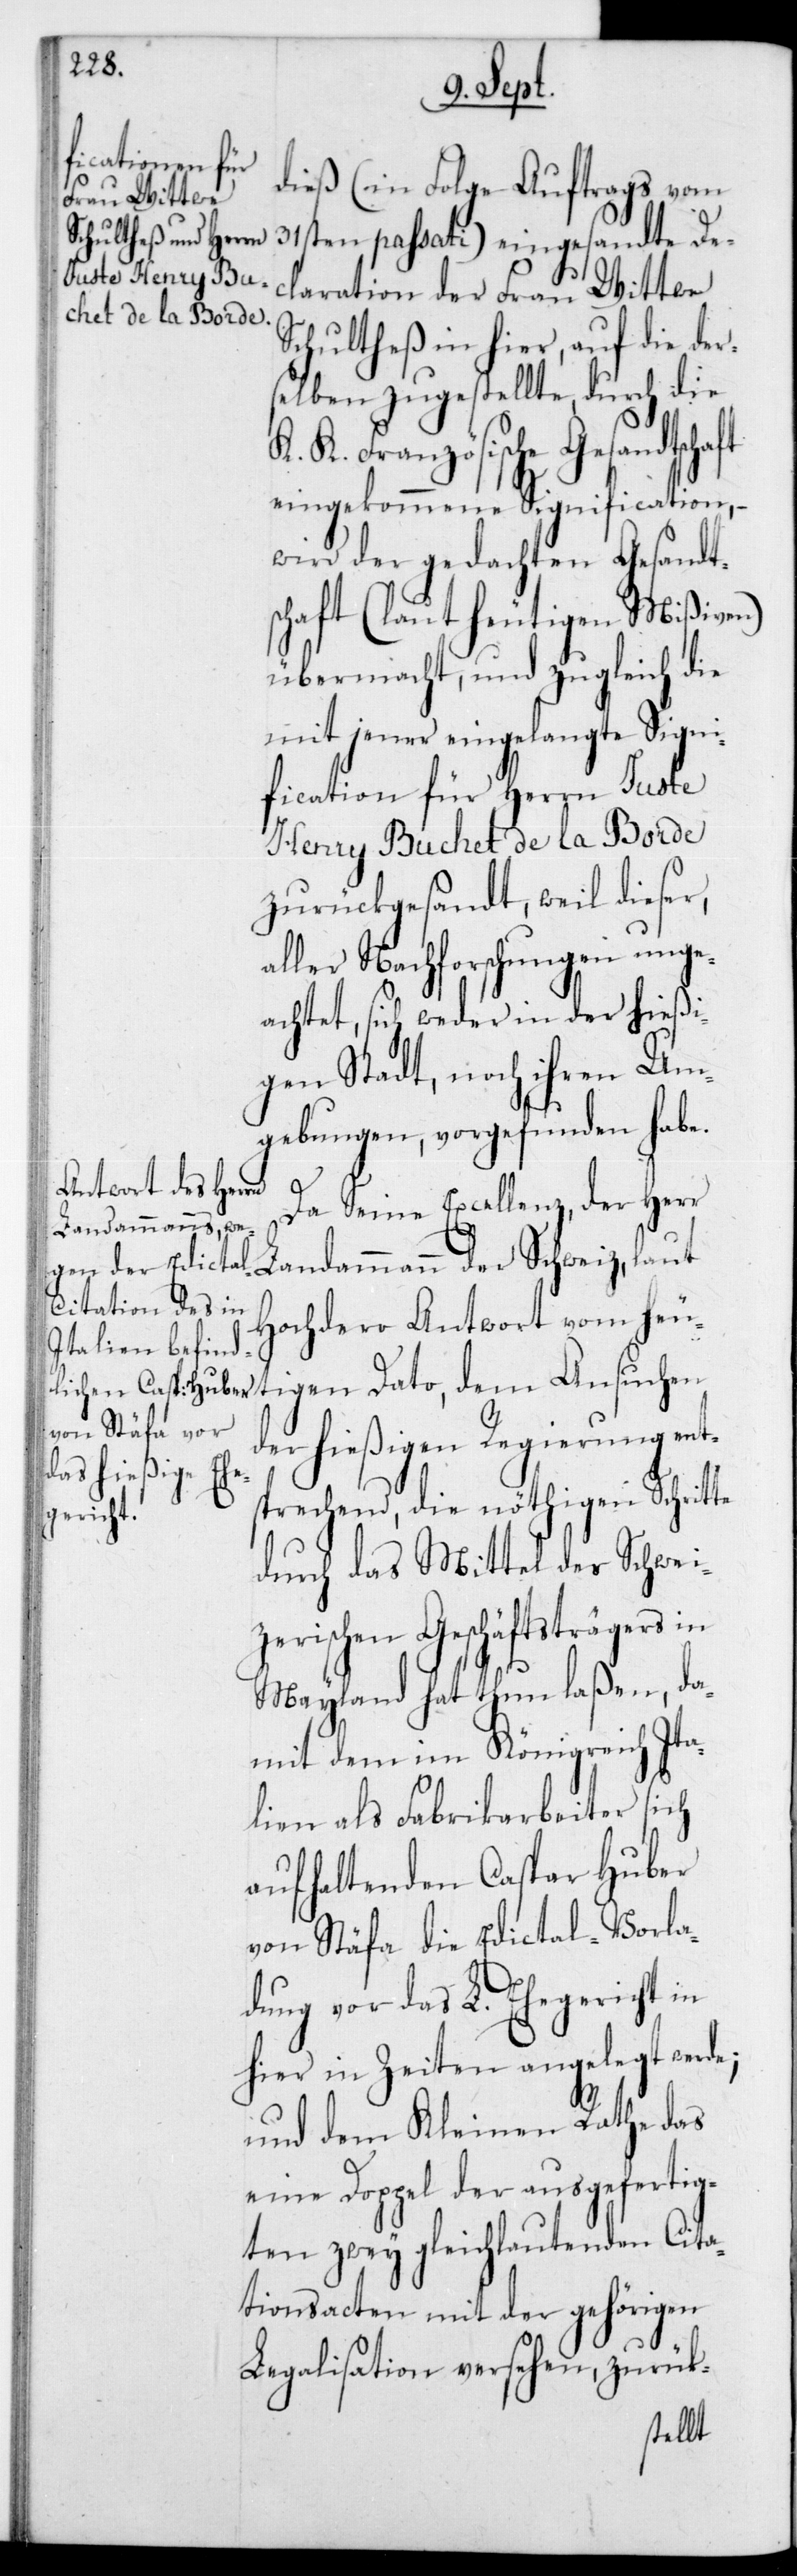
gen Dato,
dieß (in Folge Auftrags vom
31sten passati) eingesandte De¬
claration der Frau Wittwe
Schultheß in hier, auf die der¬
selben zugestellte, durch die
K. K. Französische Gesandtschaft
eingekommene Signification, –
wird der gedachten Gesandt¬
schaft (laut heutigen Mißiven)
übermacht, und zugleich die
mit jener eingelangten Signi¬
fication für Herrn Juste
Henry Buchet de la Borde
zurückgesandt, weil dieser,
aller Nachforschungen unge¬
achtet, sich weder in der hießi¬
gen Stadt, noch ihren Um¬
gebungen, vorgefunden habe.
Da Seine Excellenz,der Herr
Landammann der Schweiz, laut
Hochdero Antwort vom heuti¬
der hießigen Regierung ent¬
sprechend, die nöthigen Schritte
durch das Mittel des Schwei¬
zerischen Geschäftsträgers in
Mayland hat thun laßen, da¬
mit dem im Königreich Ita¬
lien als Fabrikarbeiter sich
aufhaltenden Caspar Huber
von Stäfa die Edictal-Vorla¬
dung vor das L. Ehegericht in
hier in Zeiten angelegt werde;
und dem Kleinen Rathe das
eine Doppel der ausgefertig¬
ten zwey gleichlautenden Cita¬
tionsacten mit der gehörigen
Legalisation versehen, zurük-